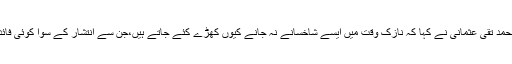
مفتی محمد تقی عثمانی نے کہا کہ نازک وقت میں ایسے شاخسانے نہ جانے کیوں کھڑے کئے جاتے ہیں،جن سے انتشار کے سوا کوئی فائدہ نہیں۔